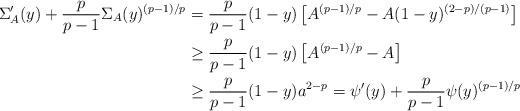
LaTeX: \begin{align*}\Sigma_A'(y) + \frac{p}{p-1} \Sigma_A(y)^{(p-1)/p} & = \frac{p}{p-1} (1-y) \left[ A^{(p-1)/p} - A (1-y)^{(2-p)/(p-1)} \right] \\& \ge \frac{p}{p-1} (1-y) \left[ A^{(p-1)/p} - A \right] \\& \ge \frac{p}{p-1} (1-y) a^{2-p} = \psi'(y) + \frac{p}{p-1} \psi(y)^{(p-1)/p}\end{align*}